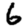
Digit: 6